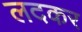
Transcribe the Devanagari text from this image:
लदकर